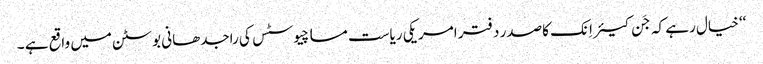
‘‘ خیال رہے کہ جَن کیئر اِنک کاصدر دفتر امریکی ریاست مساچیوسٹس کی راجدھانی بوسٹن میں واقع ہے ۔